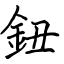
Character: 鈕